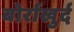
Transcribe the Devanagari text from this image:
बोर्राखुर्द